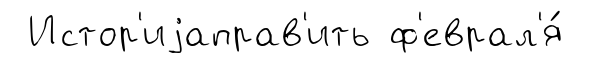
Истор'иjаправ'ить ф'еврал'я́